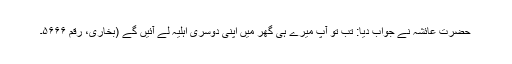
حضرت عائشہ نے جواب دیا: تب تو آپ میرے ہی گھر میں اپنی دوسری اہلیہ لے آئیں گے (بخاری، رقم ۵۶۶۶۔